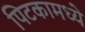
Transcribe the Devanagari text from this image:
पिटकामध्ये